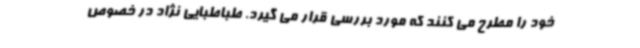
خود را مطرح می کنند که مورد بررسی قرار می گیرد. طباطبایی نژاد در خصوص